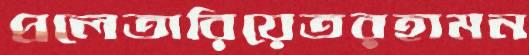
প্রলেতারিয়েতরহামন